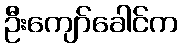
ဦးကျော်ခေါင်က